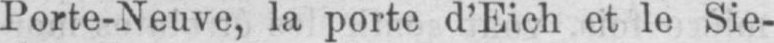
Porte-Neuve, la porte d’Eich et le Sie-